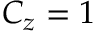
C _ { z } = 1